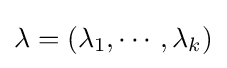
\lambda =(\lambda _{1},\cdots ,\lambda _{k})